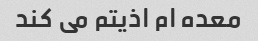
معده ام اذیتم می کند